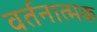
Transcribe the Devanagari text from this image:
वर्तनात्मक